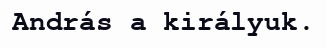
András a királyuk.